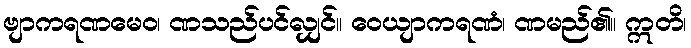
ဗျာကရဏမေဝ၊ ဏသည်ပင်လျှင်။ ဝေယျာကရဏံ၊ ဏမည်၏။ ဣတိ၊